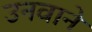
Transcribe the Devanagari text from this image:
उनवाने